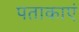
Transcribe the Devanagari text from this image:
पताकाएं